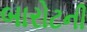
બારોટની